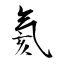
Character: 氦